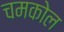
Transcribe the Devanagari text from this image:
चमकोल